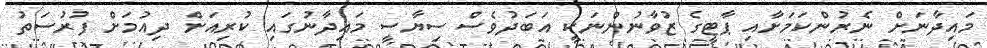
މައިދާނަށް ނެރުންކަމަށާއި ޕާޓީގެ ޒުވާނުންނަކީ އަބަދުވެސް ސިޔާސީ މައިދާނުގައި ކުރިއަށް ދިއުމަށް ފުރުސަތު